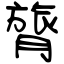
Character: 膂